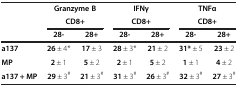
|  | <COLSPAN=2> Granzyme B | <COLSPAN=2> IFNγ | <COLSPAN=2> TNFα |
 |  | <COLSPAN=2> CD8+ | <COLSPAN=2> CD8+ | <COLSPAN=2> CD8+ |
 |  | 28- | 28+ | 28- | 28+ | 28- | 28+ |
 | --- | --- | --- | --- | --- | --- | --- |
 | a137 | 26 ± 4* | 17 ± 3 | 28 ± 3* | 21 ± 2 | 31* ± 5 | 23 ± 2 |
 | MP | 2 ± 1 | 5 ± 2 | 2 ± 1 | 5 ± 2 | 1 ± 1 | 4 ± 2 |
 | a137 + MP | 29 ± 3# | 21 ± 3# | 31 ± 3# | 26 ± 3# | 32 ± 3# | 27 ± 3# |